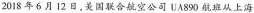
2018年6月12日，美国联合航空公司UA890航班从上海